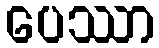
ပေဿာ